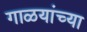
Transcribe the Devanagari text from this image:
गाळयांच्या